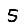
Digit: 5